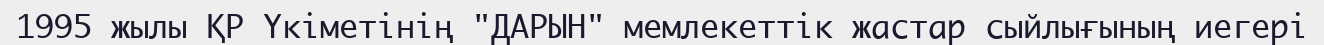
1995 жылы ҚР Үкіметінің "ДАРЫН" мемлекеттік жастар сыйлығының иегері